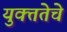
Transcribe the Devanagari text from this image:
युक्ततेचे